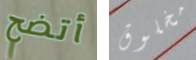
أتضح مخلوق